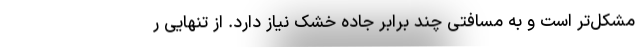
مشکل‌تر است و به مسافتی چند برابر جاده خشک نیاز دارد. از تنهایی ر